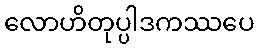
လောဟိတုပ္ပါဒကဿပေ